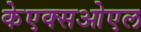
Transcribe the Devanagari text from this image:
केएक्सओएल